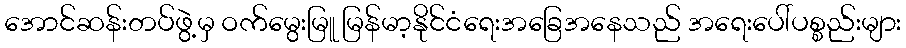
အောင်ဆန်းတပ်ဖွဲ့မှ ဝက်မွေးမြူ မြန်မာ့နိုင်ငံရေးအခြေအနေသည် အရေးပေါ်ပစ္စည်းများ